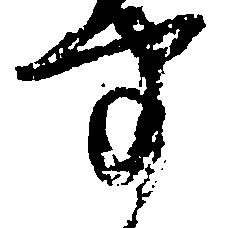
聞